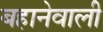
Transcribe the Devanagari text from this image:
बहानेवाली